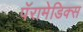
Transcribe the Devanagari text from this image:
पॅरामेडिक्स